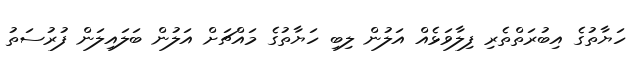
ހަޔާތުގެ އިބުރަތްތެރި ފިލާވަޅެއް އަލުން ލިބި ހަޔާތުގެ މައްޗަށް އަލުން ބަލައިލަން ފުރުސަތު